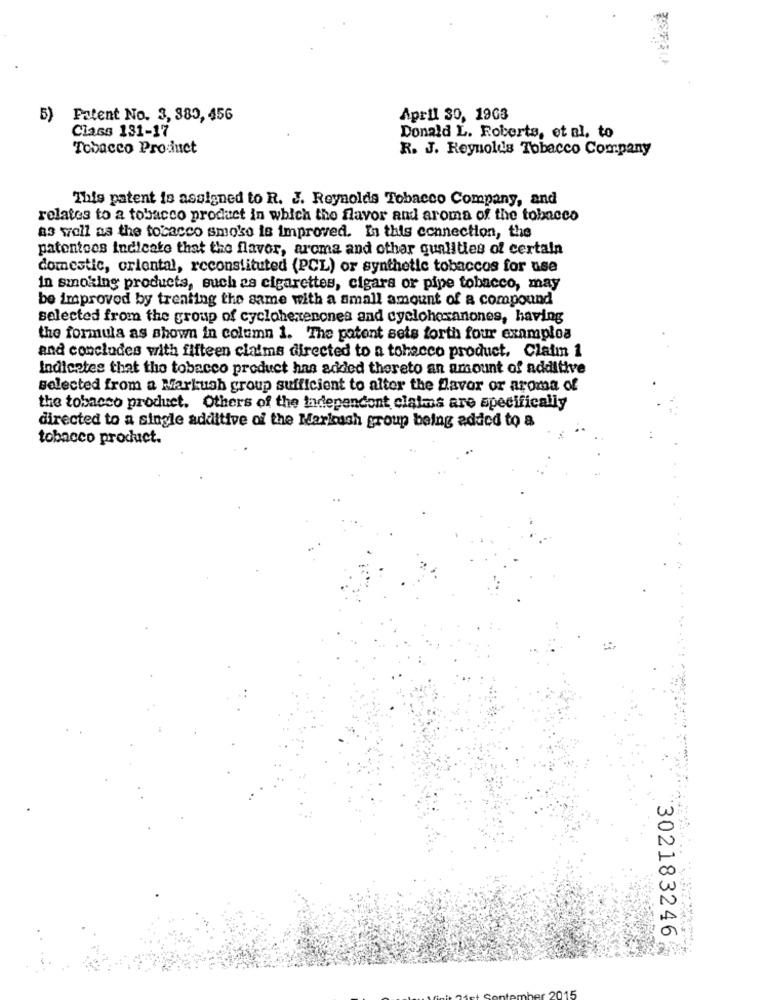
5)
Patent No. 3, 380, 456
April 30, 1963
Class 131-17
Donald L. Roberts, et al. to
Tobacco Prosinct
R. J. Reynolds Tobacco Company
This patent is assigned to R. J. Reynolds Tobacco Company, and
relates to a tobacco product in which the flavor and aroma of the tobacco
as well as the tobacco smoke is improved. In this connection, the
patentoes indicate that the flavor, aroma and other qualities of certain
domestic, oriental, reconstituted (PCL) or synthetic tobaccos for use
in smoking products, such as cigarettes, cigars or pipe tobacco, may
be improved by treating the same with a small amount of a compound
selected from the group of cyclohexenones and cyclohocanones, having
the formula as shown in column 1. The patent sets forth four examploa
and concludes with fifteen claims directed to a tobacco product. Claim 1
Indicates that the tobacco product has added thereto an amount of additive
selected from a Markush group sufficient to alter the flavor or aroma of
the tobacco product. Others of the tadependont claims are specifically
directed to a single additive of the Markush group being added to a
tobacco product.
302183246